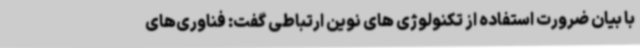
با بیان ضرورت استفاده از تکنولوژی های نوین ارتباطی گفت: فناوری‌های